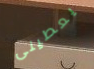
يعطينى